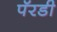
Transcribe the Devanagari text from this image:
पॅरडी